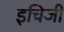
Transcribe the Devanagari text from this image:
इचिजी